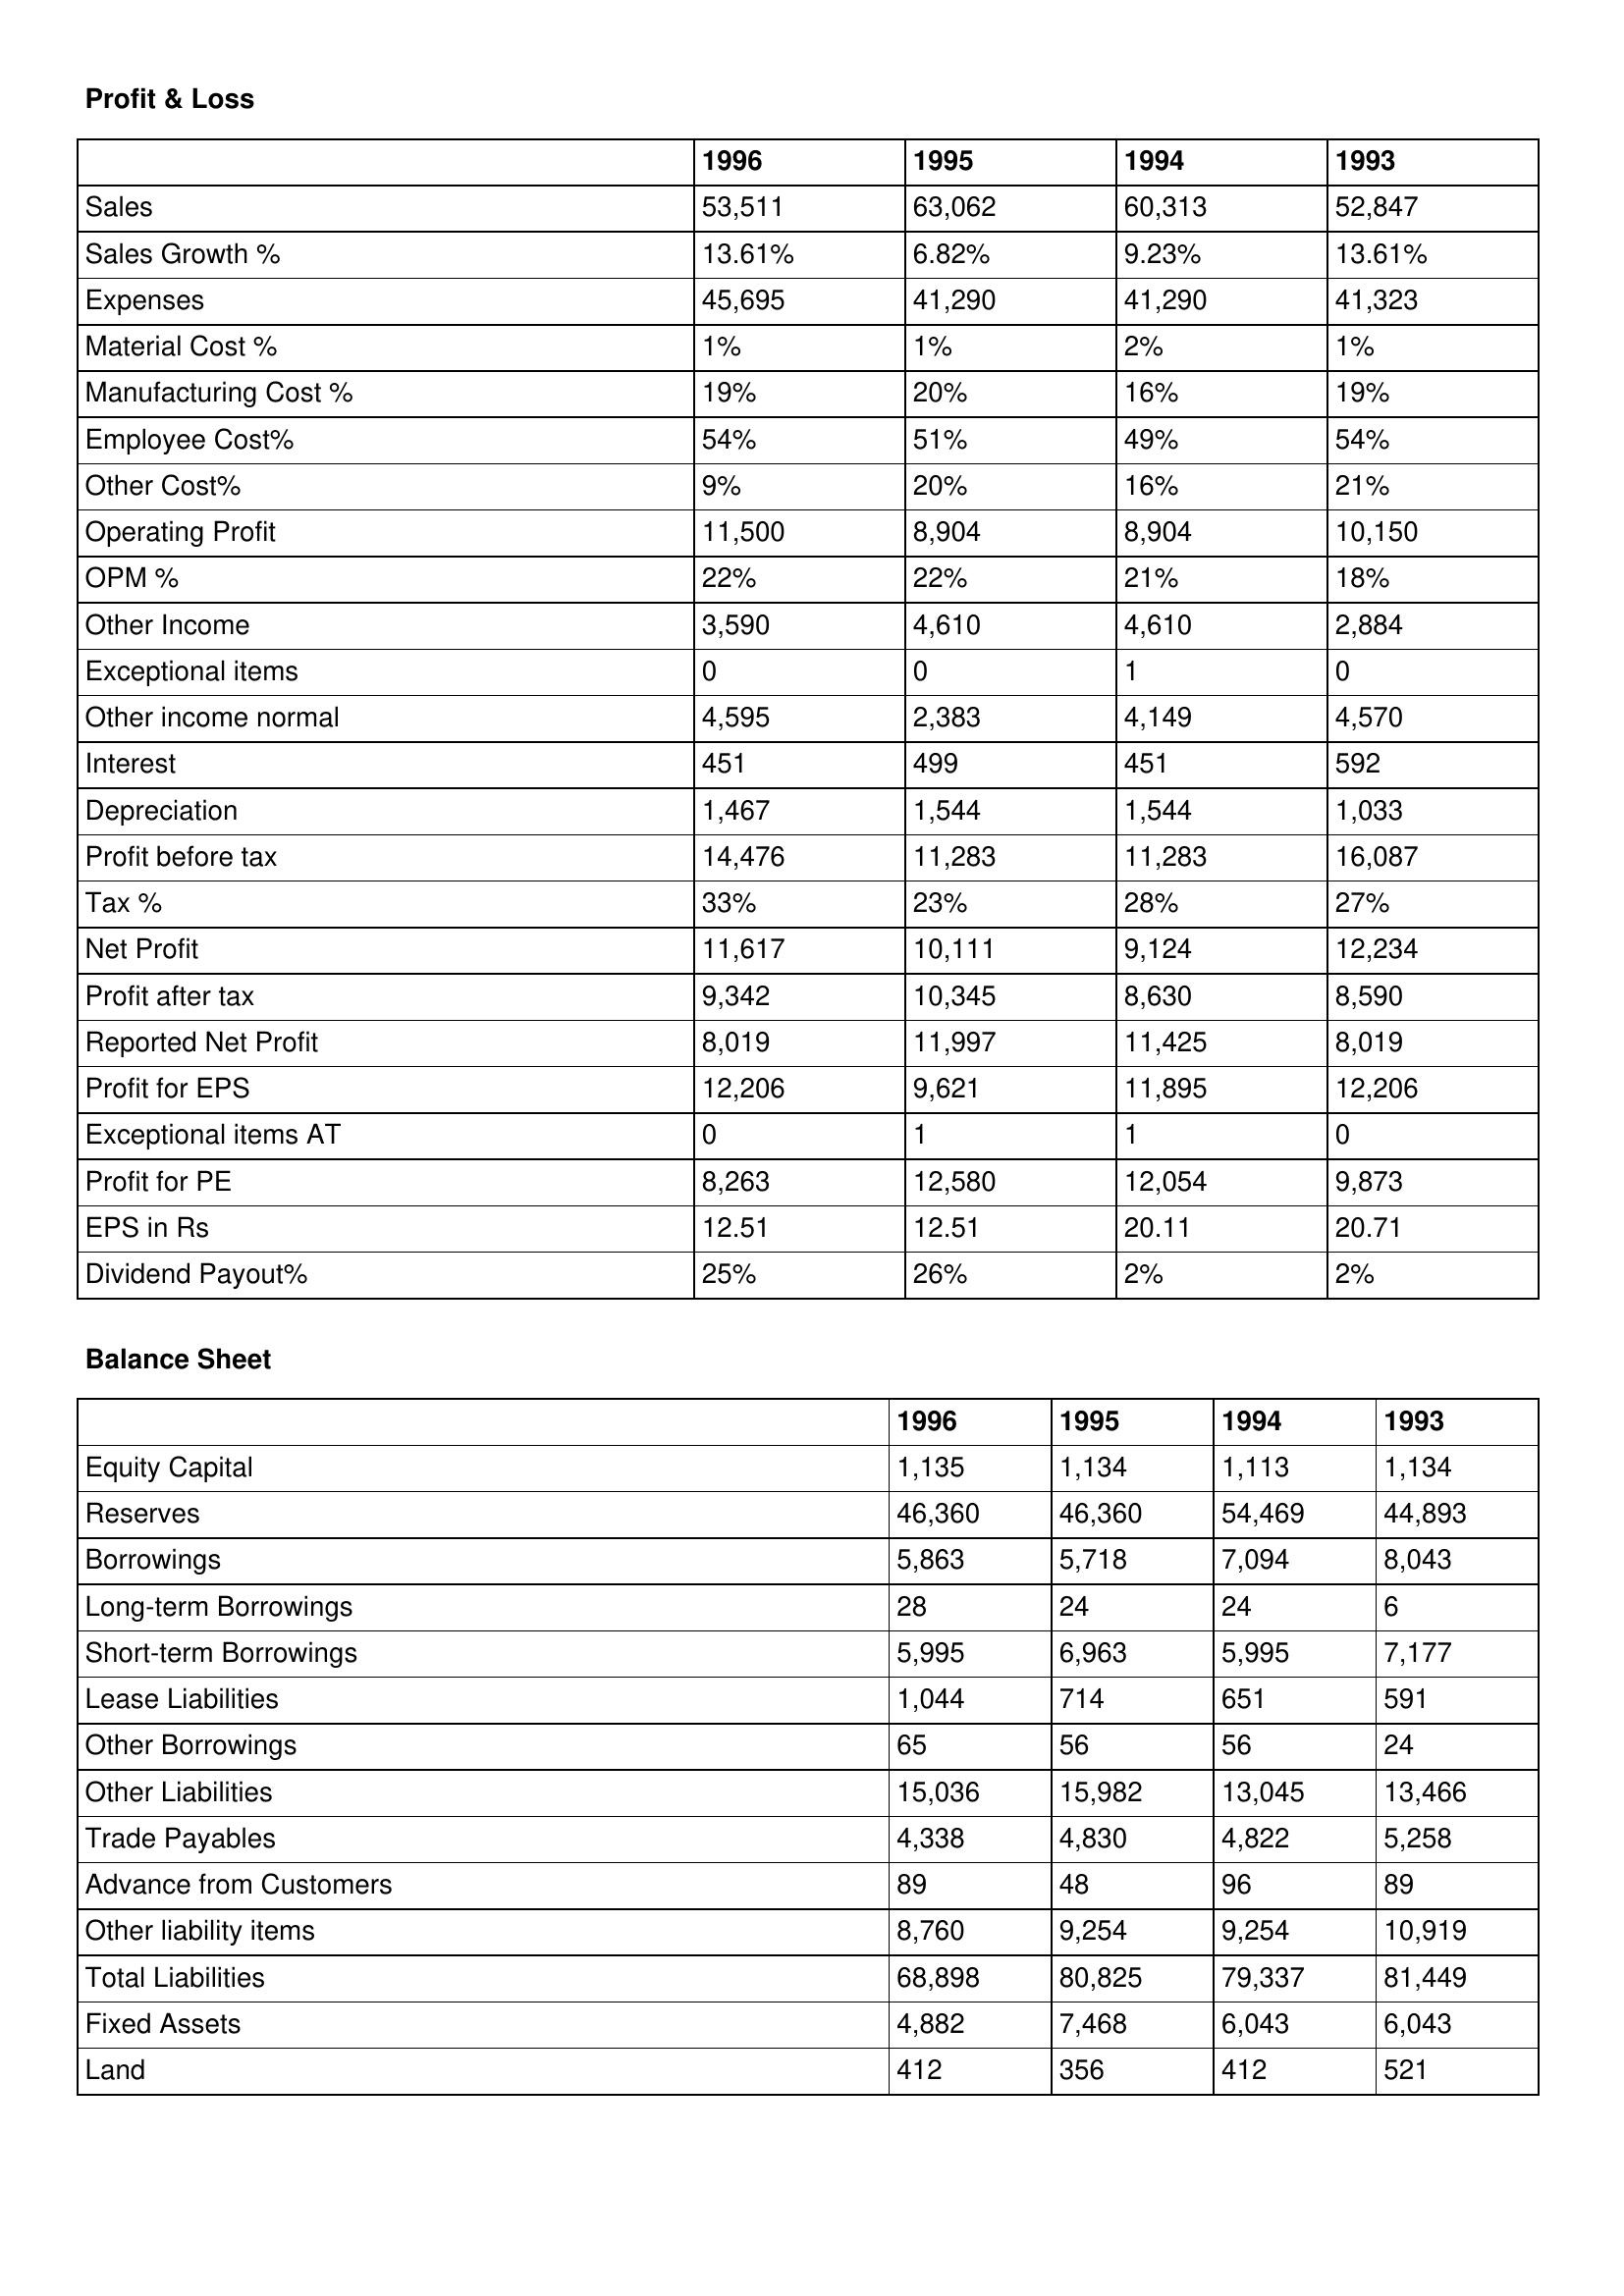
gt_parse: 1996: Profit & Loss: Sales: 53,511
Sales Growth %: 13.61%
Expenses: 45,695
Material Cost %: 1%
Manufacturing Cost %: 19%
Employee Cost%: 54%
Other Cost%: 9%
Operating Profit: 11,500
OPM %: 22%
Other Income: 3,590
Exceptional items: 0
Other income normal: 4,595
Interest: 451
Depreciation: 1,467
Profit before tax: 14,476
Tax %: 33%
Net Profit: 11,617
Profit after tax: 9,342
Reported Net Profit: 8,019
Profit for EPS: 12,206
Exceptional items AT: 0
Profit for PE: 8,263
EPS in Rs: 12.51
Dividend Payout%: 25%
Balance Sheet: Equity Capital: 1,135
Reserves: 46,360
Borrowings: 5,863
Long-term Borrowings: 28
Short-term Borrowings: 5,995
Lease Liabilities: 1,044
Other Borrowings: 65
Other Liabilities: 15,036
Trade Payables: 4,338
Advance from Customers: 89
Other liability items: 8,760
Total Liabilities: 68,898
Fixed Assets: 4,882
Land: 412
1995: Profit & Loss: Sales: 63,062
Sales Growth %: 6.82%
Expenses: 41,290
Material Cost %: 1%
Manufacturing Cost %: 20%
Employee Cost%: 51%
Other Cost%: 20%
Operating Profit: 8,904
OPM %: 22%
Other Income: 4,610
Exceptional items: 0
Other income normal: 2,383
Interest: 499
Depreciation: 1,544
Profit before tax: 11,283
Tax %: 23%
Net Profit: 10,111
Profit after tax: 10,345
Reported Net Profit: 11,997
Profit for EPS: 9,621
Exceptional items AT: 1
Profit for PE: 12,580
EPS in Rs: 12.51
Dividend Payout%: 26%
Balance Sheet: Equity Capital: 1,134
Reserves: 46,360
Borrowings: 5,718
Long-term Borrowings: 24
Short-term Borrowings: 6,963
Lease Liabilities: 714
Other Borrowings: 56
Other Liabilities: 15,982
Trade Payables: 4,830
Advance from Customers: 48
Other liability items: 9,254
Total Liabilities: 80,825
Fixed Assets: 7,468
Land: 356
1994: Profit & Loss: Sales: 60,313
Sales Growth %: 9.23%
Expenses: 41,290
Material Cost %: 2%
Manufacturing Cost %: 16%
Employee Cost%: 49%
Other Cost%: 16%
Operating Profit: 8,904
OPM %: 21%
Other Income: 4,610
Exceptional items: 1
Other income normal: 4,149
Interest: 451
Depreciation: 1,544
Profit before tax: 11,283
Tax %: 28%
Net Profit: 9,124
Profit after tax: 8,630
Reported Net Profit: 11,425
Profit for EPS: 11,895
Exceptional items AT: 1
Profit for PE: 12,054
EPS in Rs: 20.11
Dividend Payout%: 2%
Balance Sheet: Equity Capital: 1,113
Reserves: 54,469
Borrowings: 7,094
Long-term Borrowings: 24
Short-term Borrowings: 5,995
Lease Liabilities: 651
Other Borrowings: 56
Other Liabilities: 13,045
Trade Payables: 4,822
Advance from Customers: 96
Other liability items: 9,254
Total Liabilities: 79,337
Fixed Assets: 6,043
Land: 412
1993: Profit & Loss: Sales: 52,847
Sales Growth %: 13.61%
Expenses: 41,323
Material Cost %: 1%
Manufacturing Cost %: 19%
Employee Cost%: 54%
Other Cost%: 21%
Operating Profit: 10,150
OPM %: 18%
Other Income: 2,884
Exceptional items: 0
Other income normal: 4,570
Interest: 592
Depreciation: 1,033
Profit before tax: 16,087
Tax %: 27%
Net Profit: 12,234
Profit after tax: 8,590
Reported Net Profit: 8,019
Profit for EPS: 12,206
Exceptional items AT: 0
Profit for PE: 9,873
EPS in Rs: 20.71
Dividend Payout%: 2%
Balance Sheet: Equity Capital: 1,134
Reserves: 44,893
Borrowings: 8,043
Long-term Borrowings: 6
Short-term Borrowings: 7,177
Lease Liabilities: 591
Other Borrowings: 24
Other Liabilities: 13,466
Trade Payables: 5,258
Advance from Customers: 89
Other liability items: 10,919
Total Liabilities: 81,449
Fixed Assets: 6,043
Land: 521